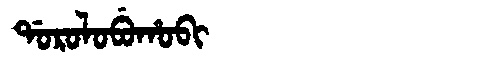
Manchu: ᡩᠣᡵᠣᠯᠣᠪᡠᡥᠣᠪᡳ
Romanization: DOROLOBUHOBI